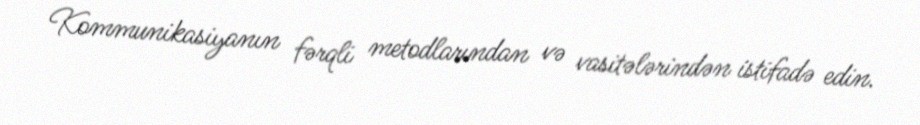
Kommunikasiyanın fərqli metodlarından və vasitələrindən istifadə edin.